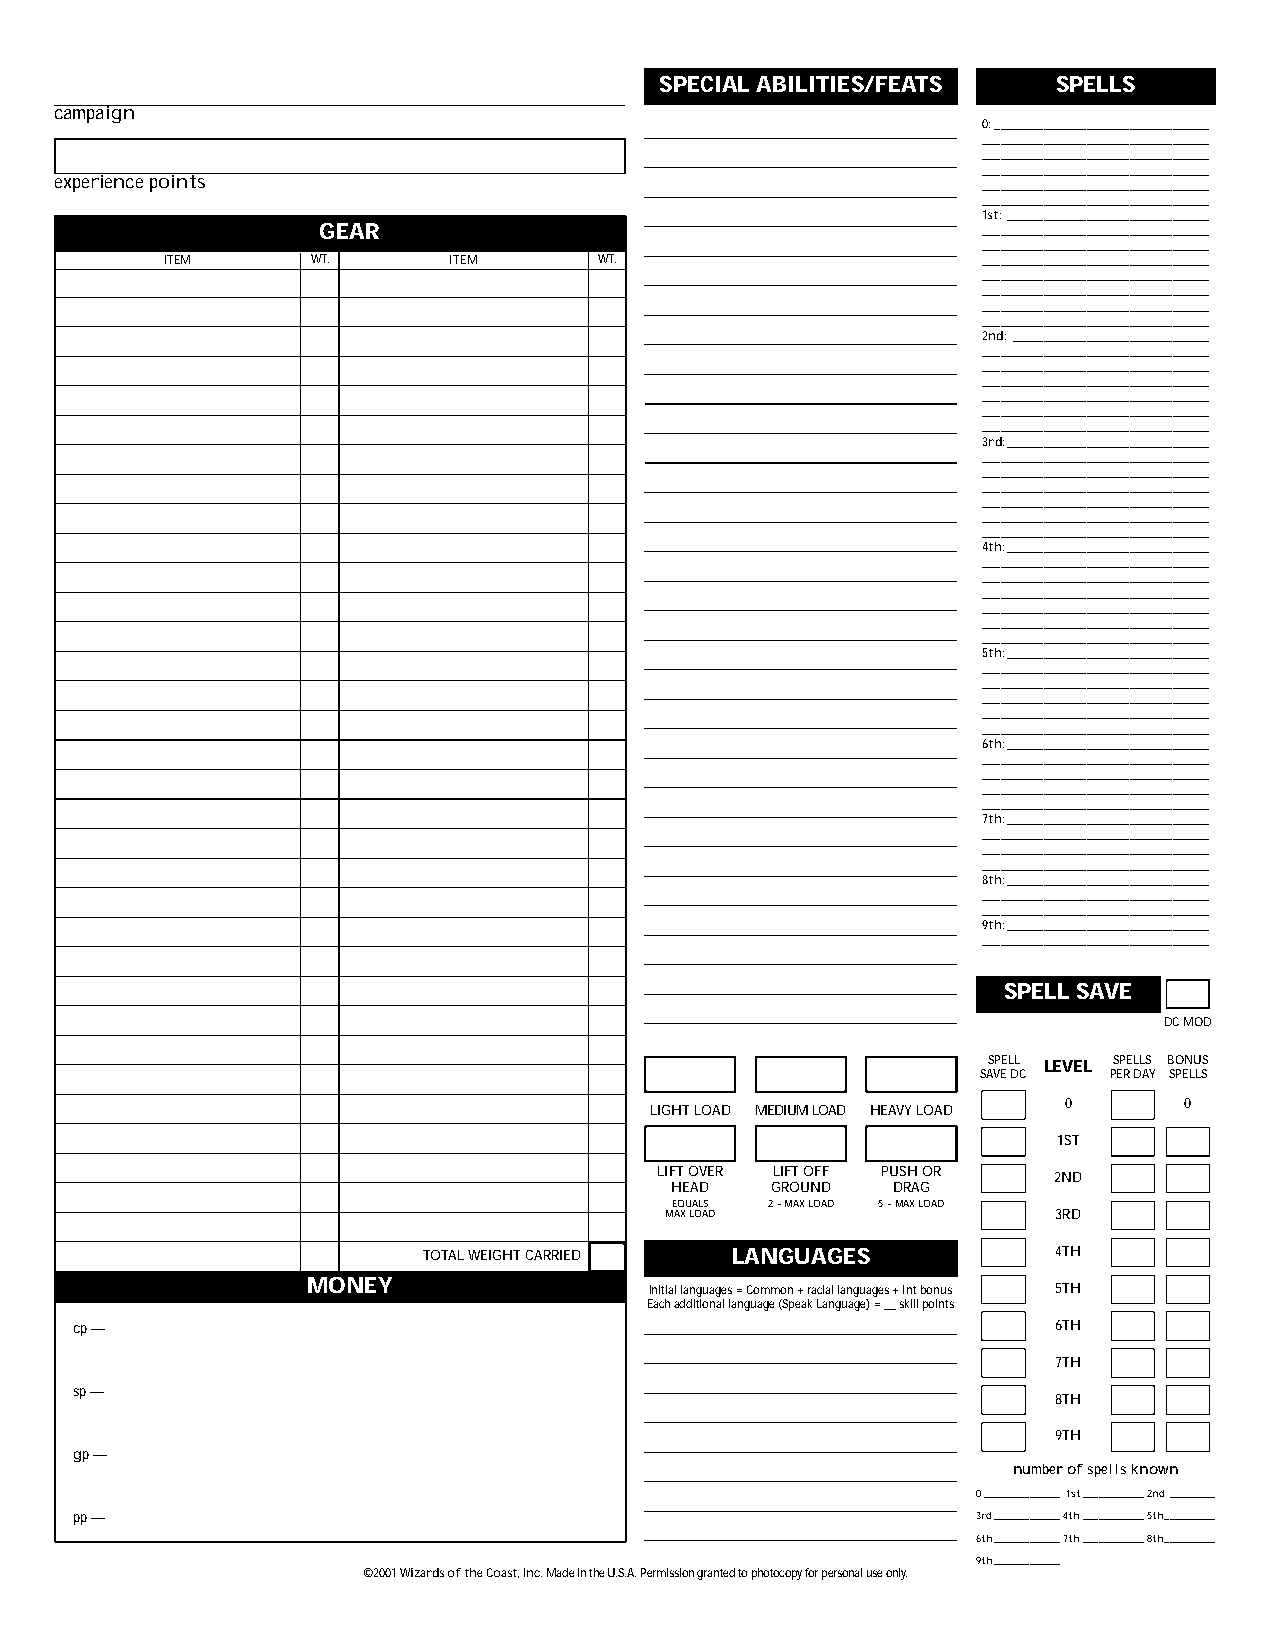
SPECIAL ABILITIES/FEATS   SPELLS
 campaign
 0:___________________________________
 _____________________________________
 _____________________________________
 _____________________________________
 experience points
 _____________________________________
 _____________________________________
 1st:_________________________________
 GEAR                                        _____________________________________
 _____________________________________
 ITEM      WT.      ITEM      WT.                      _____________________________________
 _____________________________________
 _____________________________________
 _____________________________________
 _____________________________________
 2nd:________________________________
 _____________________________________
 _____________________________________
 _____________________________________
 _____________________________________
 _____________________________________
 _____________________________________
 3rd:_________________________________
 _____________________________________
 _____________________________________
 _____________________________________
 _____________________________________
 _____________________________________
 _____________________________________
 4th:_________________________________
 _____________________________________
 _____________________________________
 _____________________________________
 _____________________________________
 _____________________________________
 _____________________________________
 5th:_________________________________
 _____________________________________
 _____________________________________
 _____________________________________
 _____________________________________
 _____________________________________
 6th:_________________________________
 _____________________________________
 _____________________________________
 _____________________________________
 _____________________________________
 7th:_________________________________
 _____________________________________
 _____________________________________
 _____________________________________
 8th:_________________________________
 _____________________________________
 _____________________________________
 9th:_________________________________
 _____________________________________
 SPELL SAVE
 DC MOD
 SPELL LEVEL SPELLS BONUS
 SAVE DC PER DAY SPELLS
 LIGHT LOAD MEDIUM LOAD HEAVY LOAD 0 0
 1ST
 LIFT OVER LIFT OFF PUSH OR 2ND
 HEAD   GROUND  DRAG
 EQUALS 2 ~MAX LOAD 5 ~MAX LOAD
 MAX LOAD                  3RD
 TOTAL WEIGHT CARRIED LANGUAGES            4TH
 MONEY                  Initial languages = Common + racial languages + Int bonus 5TH
 Each additional language (Speak Language) = __skill points
 cp —                                                             6TH
 7TH
 sp —
 8TH
 9TH
 gp —
 number of spells known
 0_______________1st____________2nd_________
 pp —                                                        3rd_____________4th____________5th__________
 6th_____________7th____________8th__________
 9th_____________
 ©2001 Wizards of the Coast, Inc.Made in the U.S.A. Permission granted to photocopy for personal use only.